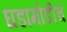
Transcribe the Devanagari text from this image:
घडामोडीचें